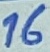
Text: 16